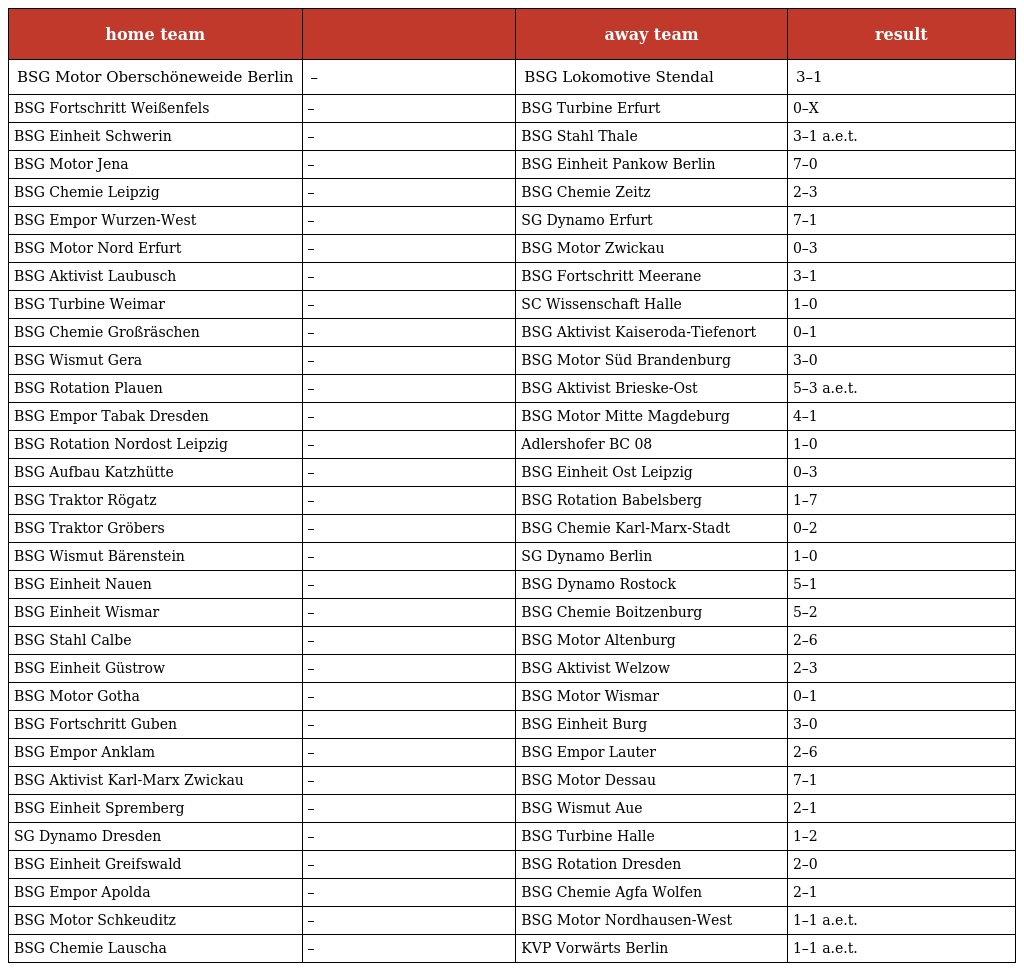
| home team |  | away team | result |
 | --- | --- | --- | --- |
 | BSG Motor Oberschöneweide Berlin | – | BSG Lokomotive Stendal | 3–1 |
 | BSG Fortschritt Weißenfels | – | BSG Turbine Erfurt | 0–X |
 | BSG Einheit Schwerin | – | BSG Stahl Thale | 3–1 a.e.t. |
 | BSG Motor Jena | – | BSG Einheit Pankow Berlin | 7–0 |
 | BSG Chemie Leipzig | – | BSG Chemie Zeitz | 2–3 |
 | BSG Empor Wurzen-West | – | SG Dynamo Erfurt | 7–1 |
 | BSG Motor Nord Erfurt | – | BSG Motor Zwickau | 0–3 |
 | BSG Aktivist Laubusch | – | BSG Fortschritt Meerane | 3–1 |
 | BSG Turbine Weimar | – | SC Wissenschaft Halle | 1–0 |
 | BSG Chemie Großräschen | – | BSG Aktivist Kaiseroda-Tiefenort | 0–1 |
 | BSG Wismut Gera | – | BSG Motor Süd Brandenburg | 3–0 |
 | BSG Rotation Plauen | – | BSG Aktivist Brieske-Ost | 5–3 a.e.t. |
 | BSG Empor Tabak Dresden | – | BSG Motor Mitte Magdeburg | 4–1 |
 | BSG Rotation Nordost Leipzig | – | Adlershofer BC 08 | 1–0 |
 | BSG Aufbau Katzhütte | – | BSG Einheit Ost Leipzig | 0–3 |
 | BSG Traktor Rögatz | – | BSG Rotation Babelsberg | 1–7 |
 | BSG Traktor Gröbers | – | BSG Chemie Karl-Marx-Stadt | 0–2 |
 | BSG Wismut Bärenstein | – | SG Dynamo Berlin | 1–0 |
 | BSG Einheit Nauen | – | BSG Dynamo Rostock | 5–1 |
 | BSG Einheit Wismar | – | BSG Chemie Boitzenburg | 5–2 |
 | BSG Stahl Calbe | – | BSG Motor Altenburg | 2–6 |
 | BSG Einheit Güstrow | – | BSG Aktivist Welzow | 2–3 |
 | BSG Motor Gotha | – | BSG Motor Wismar | 0–1 |
 | BSG Fortschritt Guben | – | BSG Einheit Burg | 3–0 |
 | BSG Empor Anklam | – | BSG Empor Lauter | 2–6 |
 | BSG Aktivist Karl-Marx Zwickau | – | BSG Motor Dessau | 7–1 |
 | BSG Einheit Spremberg | – | BSG Wismut Aue | 2–1 |
 | SG Dynamo Dresden | – | BSG Turbine Halle | 1–2 |
 | BSG Einheit Greifswald | – | BSG Rotation Dresden | 2–0 |
 | BSG Empor Apolda | – | BSG Chemie Agfa Wolfen | 2–1 |
 | BSG Motor Schkeuditz | – | BSG Motor Nordhausen-West | 1–1 a.e.t. |
 | BSG Chemie Lauscha | – | KVP Vorwärts Berlin | 1–1 a.e.t. |